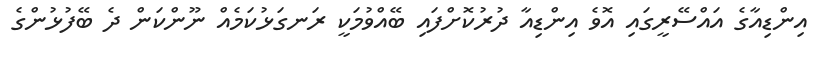
އިންޑިއާގެ އައްސޭރީގައި އޮވެ އިންޑިއާ ދުރުކޮށްފައި ބޭއްވުމަކީ ރަނގަޅުކަމެއް ނޫންކަން ދެ ބޭފުޅުންގެ